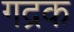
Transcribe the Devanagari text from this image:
गद्रक